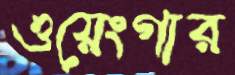
ওয়েংগার